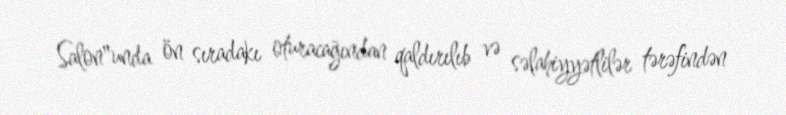
Salon"unda ön sıradakı oturacağından qaldırılıb və səlahiyyətlilər tərəfindən